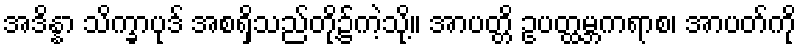
အဒိန္နာ သိက္ခာပုဒ် အစရှိသည်တို့၌ကဲ့သို့။ အာပတ္တိ ဥပတ္ထမ္ဘကရာစ၊ အာပတ်ကို